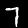
Digit: 7